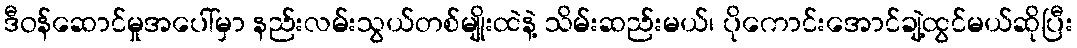
ဒီဝန်ဆောင်မှုအပေါ်မှာ နည်းလမ်းသွယ်တစ်မျိုးထဲနဲ့ သိမ်းဆည်းမယ်၊ ပိုကောင်းအောင်ချဲ့ထွင်မယ်ဆိုပြီး